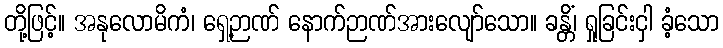
တို့ဖြင့်။ အနုလောမိကံ၊ ရှေ့ဉာဏ် နောက်ဉာဏ်အားလျော်သော။ ခန္တိံ၊ ရှုခြင်းငှါ ခံ့သော